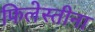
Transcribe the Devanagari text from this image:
फिलेस्तीना